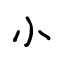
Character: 小